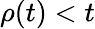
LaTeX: \rho(t)<t